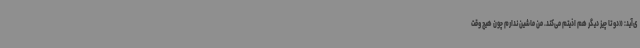
ی‌آید: «دو تا چیز دیگر هم اذیتم می‌کند. من ماشین ندارم چون هیچ وقت